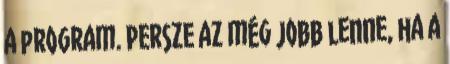
a program. Persze az még jobb lenne, ha a